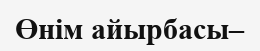
Өнім айырбасы–